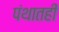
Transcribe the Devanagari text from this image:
पंथातही